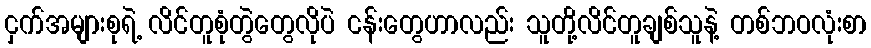
ငှက်အများစုရဲ့ လိင်တူစုံတွဲတွေလိုပဲ ငန်းတွေဟာလည်း သူတို့လိင်တူချစ်သူနဲ့ တစ်ဘဝလုံးစာ